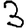
Digit: 3